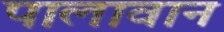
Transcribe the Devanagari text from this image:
पालावान